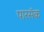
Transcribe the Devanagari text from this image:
पारसॅक